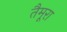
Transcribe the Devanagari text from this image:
तैमूरा